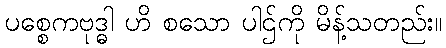
ပစ္စေကဗုဒ္ဓါ ဟိ စသော ပါဌ်ကို မိန့်သတည်း။